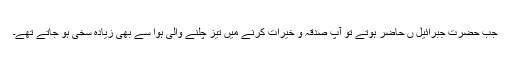
جب حضرت جبرائیل ں حاضر ہوتے تو آپ صدقہ و خیرات کرنے میں تیز چلنے والی ہوا سے بھی زیادہ سخی ہو جاتے تھے۔